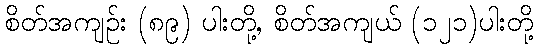
စိတ်အကျဉ်း (၈၉) ပါးတို့, စိတ်အကျယ် (၁၂၁)ပါးတို့